Code of medical and sanitary regulations for the guidance of medical officers serving in the Madras Presidency - Volume II
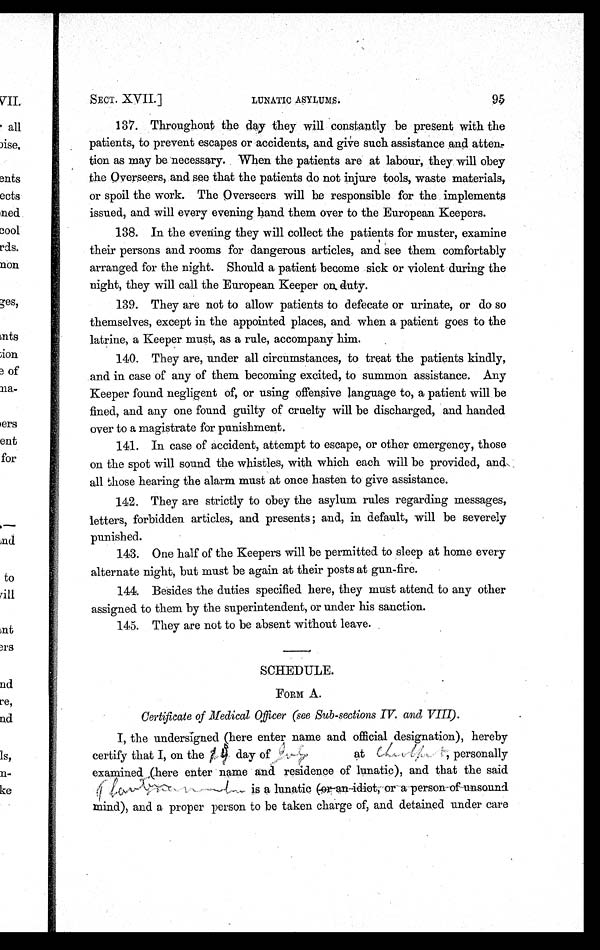
9 5
SECT. XVII.]
LUNATIC ASYLUMS.
137. Throughout the day they will constantly be present with the
patients, to prevent escapes or accidents, and give such assistance and atten-
tion as may be. necessary. When the patients are at labour, they will obey
the Overseers, and see that the patients do not injure tools, waste materials,
or spoil the work. The Overseers will be responsible for the implements
issued, and will every evening hand them over to the European Keepers.
138. In the evening they will collect the patients for muster, examine
their persons and rooms for dangerous articles, and see them comfortably
arranged for the night. Should a patient become sick or violent during the
night, they will call the European Keeper on. duty.
139. They are not to allow patients to defecate or urinate, or do so
themselves, except in the appointed places, and when a patient goes to the
latrine, a Keeper must, as a rule, accompany him.
140. They are, under all circumstances, to treat the patients kindly,
and in case of any of them becoming excited, to summon assistance. Any
Keeper found negligent of, or using offensive language to, a patient will be
fined, and any one found guilty of cruelty will be discharged, and handed
over to a magistrate for punishment.
141. In case ofaccident, attempt to escape, or other emergency, those
on the spot will sound the whistles, with which each will be provided, and
all those hearing the alarm must at once hasten to give assistance.
142. They are strictly to obey the asylum rules regarding messages,
letters, forbidden articles, and presents; and, in default, will be severely
punished.
143. One half of the Keepers will be permitted to sleep at home every
alternate night, but must be again at their posts at gun-fire.
144. Besides the duties specified here, they must attend to any other
assigned to them by the superintendent, or under his sanction.
145. They are not to be absent without leave.
SCHEDULE.
FORM A.
Certificate of Medical Officer (see Sub-sections IV. and VIII).
I, the undersigned (here enter name and official designation), hereby
certify that I, on the 14 day of july.
at illeigeble, personally
examined (here enter name and. residence of lunatic), and that the said
illeigeble is a lunatic (or-an-idiot, or a person-of unsound
mind), and a proper person to be taken charge of, and detained under care